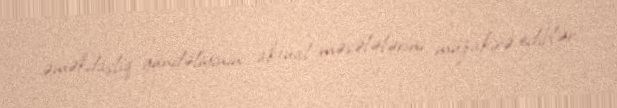
əməkdaşlıq gündəliyinin aktual məsələlərini müzakirə ediblər.